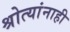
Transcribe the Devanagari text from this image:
श्रोत्यांनाही